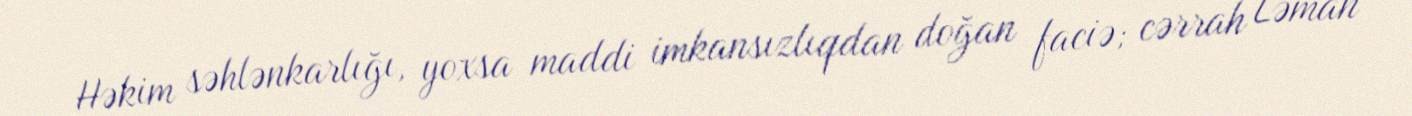
Həkim səhlənkarlığı, yoxsa maddi imkansızlıqdan doğan faciə; cərrah Ləman